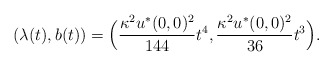
\begin{align*} (\lambda(t), b(t)) = \Big(\frac{\kappa^2u^*(0, 0)^2}{144}t^4, \frac{\kappa^2u^*(0, 0)^2}{36}t^3\Big).\end{align*}